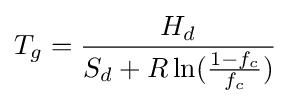
T_{g}={\frac {H_{d}}{S_{d}+R\ln({\frac {1-f_{c}}{f_{c}}})}}